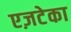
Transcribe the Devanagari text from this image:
एज़टेका